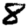
Digit: 8